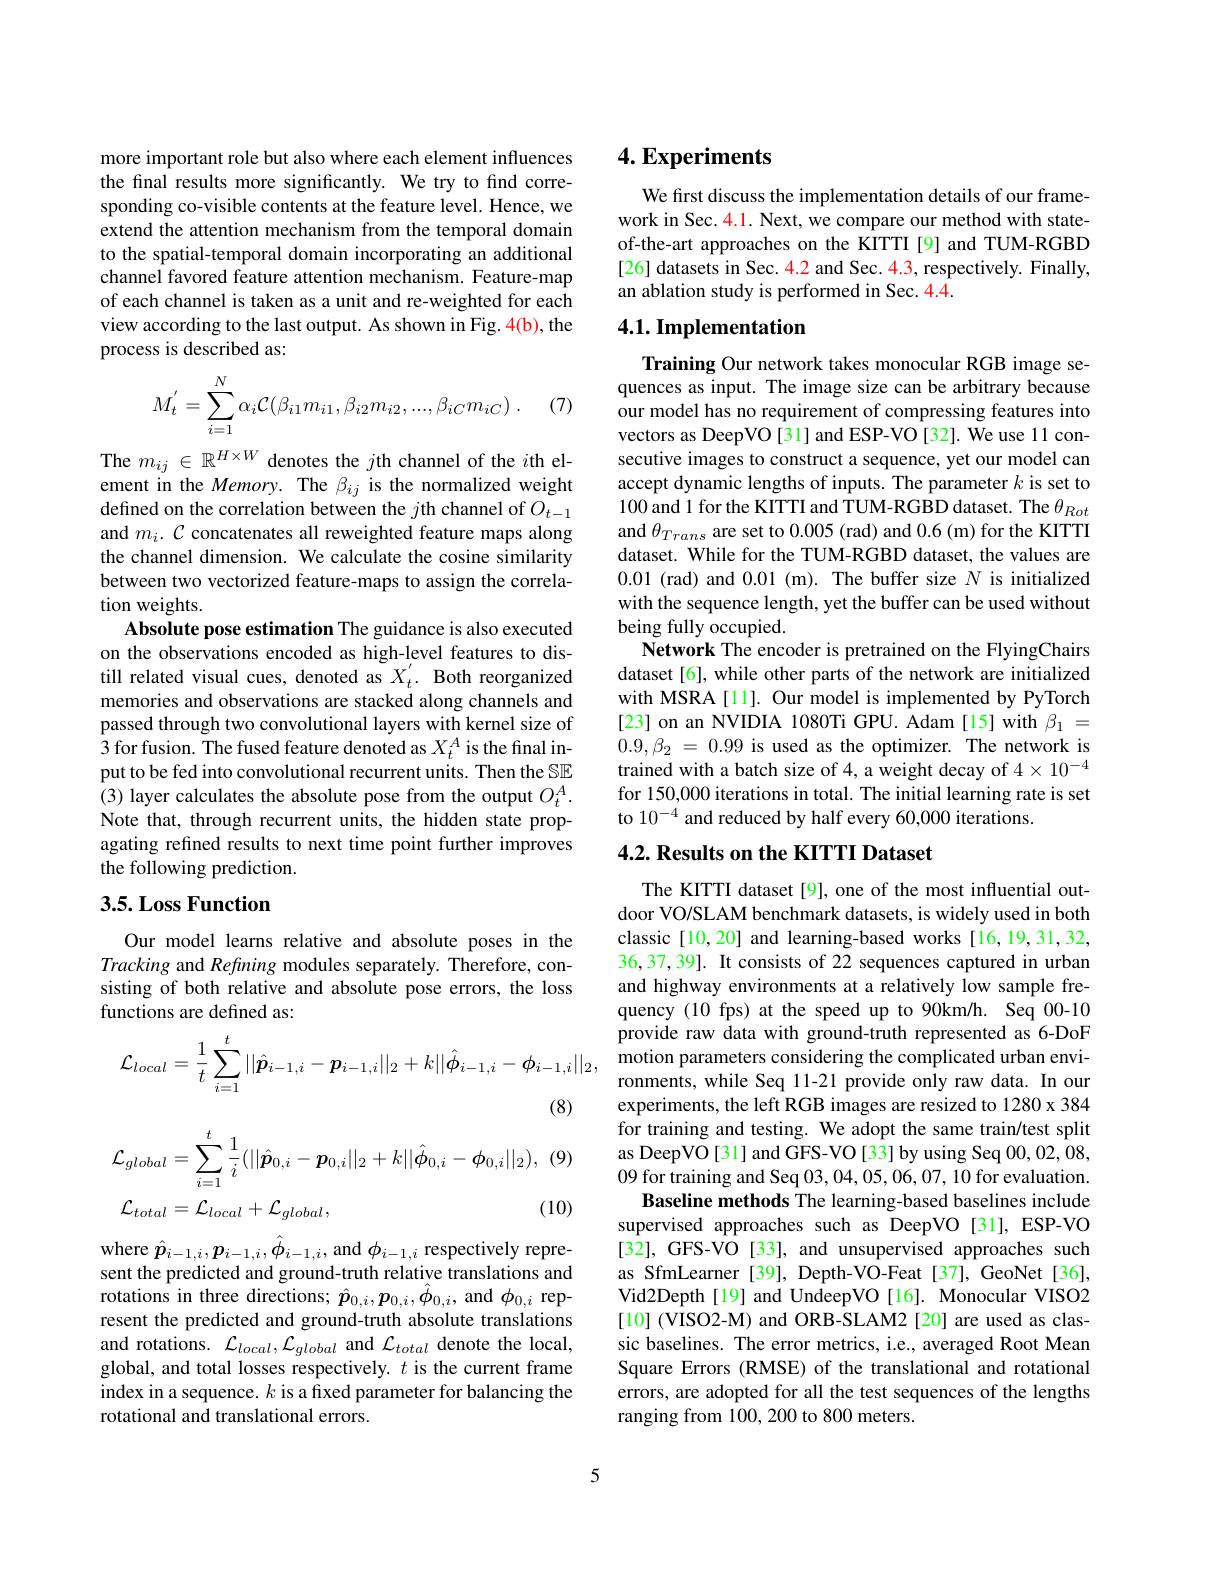
more important role but also where each element influences the final results more significantly. We try to find corresponding co-visible contents at the feature level. Hence, we extend the attention mechanism from the temporal domain to the spatial-temporal domain incorporating an additional channel favored feature attention mechanism. Feature-map of each channel is taken as a unit and re-weighted for each view according to the last output. As shown in Fig. 4(b), the process is described as:
$$M_t^{'}=\sum_{i=1}^N\alpha_i\mathcal C(\beta_{i1}m_{i1},\beta_{i2}m_{i2},...,\beta_{iC}m_{iC})\:.$$
(7)

The $m_{ij}\in\mathbb{R}^{H\times W}$ denotes the $j$th channel of the $i$th element in the Memory. The $\beta_{ij}$ is the normalized weight defined on the correlation between the $j$th channel of $O_t-1$ and $m_i.\mathcal{C}$ concatenates all reweighted feature maps along the channel dimension. We calculate the cosine similarity between two vectorized feature-maps to assign the correlation weights.
Absolute pose estimation The guidance is also executed on the observations encoded as high-level features to distill related visual cues, denoted as $X_t^{\prime}.$ Both reorganized memories and observations are stacked along channels and passed through two convolutional layers with kernel size of 3 for fusion. The fused feature denoted as $X_t^A$ is the final input to be fed into convolutional recurrent units. Then the SE (3) layer calculates the absolute pose from the output $O_t^A.$ Note that, through recurrent units, the hidden state propagating refined results to next time point further improves the following prediction.

## 3.5. Loss Function

Our model learns relative and absolute poses in the Tracking and Refining modules separately. Therefore, consisting of both relative and absolute pose errors, the loss functions are defined as:
$$\mathcal{L}_{local}=\frac{1}{t}\sum_{i=1}^{t}||\hat{\boldsymbol{p}}_{i-1,i}-\boldsymbol{p}_{i-1,i}||_{2}+k||\hat{\boldsymbol{\phi}}_{i-1,i}-\boldsymbol{\phi}_{i-1,i}||_{2},$$
(8)

(9
$$\mathcal{L}_{global}=\sum_{i=1}^{t}\frac{1}{i}(||\hat{\boldsymbol{p}}_{0,i}-\boldsymbol{p}_{0,i}||_{2}+k||\hat{\boldsymbol{\phi}}_{0,i}-\boldsymbol{\phi}_{0,i}||_{2}),$$
(10)
$\mathcal{L}_{total}=\mathcal{L}_{local}+\mathcal{L}_{global}$,

where $\hat{\boldsymbol{p}}_{i-1,i},\boldsymbol{p}_{i-1,i},\ddot{\phi}_{i-1,i}$,and $\phi_i-1,i$ respectively represent the predicted and ground-truth relative translations and rotations in three directions; $\hat{\boldsymbol{p}}_{0,i},\boldsymbol{p}_{0,i},\hat{\phi}_{0,i}$, and $\phi_{0,i}$ represent the predicted and ground-truth absolute translations and rotations. $\mathcal{L}_local,\mathcal{L}_{global}$ and $\mathcal{L}_{total}$ denote the local, global, and total losses respectively. $t$ is the current frame index in a sequence. $k$ is a fixed parameter for balancing the rotational and translational errors.

# 4. Experiments

We first discuss the implementation details of our framework in Sec. 4.1. Next, we compare our method with stateof-the-art approaches on the KITTI [9] and TUM-RGBD [26] datasets in Sec. 4.2 and Sec. 4.3, respectively. Finally, an ablation study is performed in Sec. 4.4.

## 4.1. Implementation

Training Our network takes monocular RGB image sequences as input. The image size can be arbitrary because our model has no requirement of compressing features into vectors as DeepVO[31] and ESP-VO[32]. We use 11 consecutive images to construct a sequence, yet our model can accept dynamic lengths of inputs. The parameter $k$ is set to 100 and 1 for the KITTI and TUM-RGBD dataset. The $\theta_{Rot}$ and $\theta_{Trans}$ are set to 0.005 (rad) and 0.6 (m) for the KITTI dataset. While for the TUM-RGBD dataset, the values are 0.01 (rad) and 0.01 (m). The buffer size $N$ is initialized with the sequence length, yet the buffer can be used without being fully occupied.
Network The encoder is pretrained on the FlyingChairs dataset [6], while other parts of the network are initialized with MSRA [11]. Our model is implemented by PyTorch [23] on an NVIDIA 1080Ti GPU. Adam[15] with $\beta_{1}=$ $0. 9, \beta _2$ = 0.99 is used as the optimizer. The network is trained with a batch size of 4, a weight decay of $4\times10^{-4}$ for 150,000 iterations in total. The initial learning rate is set to 10$^-4$ and reduced by half every 60,000 iterations.

## $4. 2. \textbf{ Results on the KITTI Dataset}$

The KITTI dataset[9], one of the most influential outdoor VO/SLAM benchmark datasets, is widely used in both classic [10,20] and learning-based works [16,19,31,32, 36,37,39]. It consists of 22 sequences captured in urban and highway environments at a relatively low sample frequency (10 fps) at the speed up to 90km/h. Seq 00-10 provide raw data with ground-truth represented as 6-DoF motion parameters considering the complicated urban environments, while Seq 11-21 provide only raw data. In our experiments, the left RGB images are resized to 1280 x 384 for training and testing. We adopt the same train/test split as DeepVO[31] and GFS-VO[33] by using Seq 00,02,08, 09 for training and Seq 03, 04, 05, 06, 07, 10 for evaluation.
Baseline methods The learning-based baselines include supervised approaches such as DeepVO[31], ESP-VO [32], GFS-VO [33], and unsupervised approaches such as SfmLearner [39], Depth-VO-Feat[37], GeoNet[36], Vid2Depth[19] and UndeepVO[16]. Monocular VISO2 [10] (VISO2-M) and ORB-SLAM2 [20] are used as classic baselines. The error metrics, i.e., averaged Root Mean Square Errors (RMSE) of the translational and rotational errors, are adopted for all the test sequences of the lengths ranging from 100, 200 to 800 meters.

5